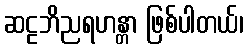
ဆဠဘိညရဟန္တာ ဖြစ်ပါတယ်၊